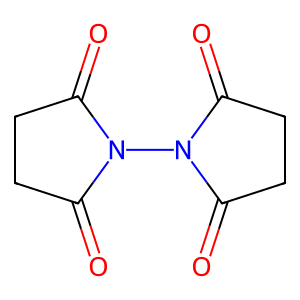
SMILES: O=C1CCC(=O)N1N1C(=O)CCC1=O
Inhibits HIV replication: No